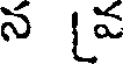
న [వ